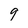
Character: 9